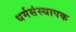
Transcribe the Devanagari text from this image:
धर्मसंस्थापक